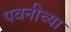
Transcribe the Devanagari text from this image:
पवनीच्या